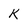
Character: K